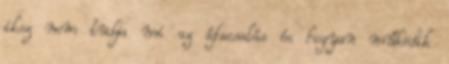
iksz nem tudja mi az áfacsalás és hogyan működik